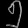
Digit: ၅